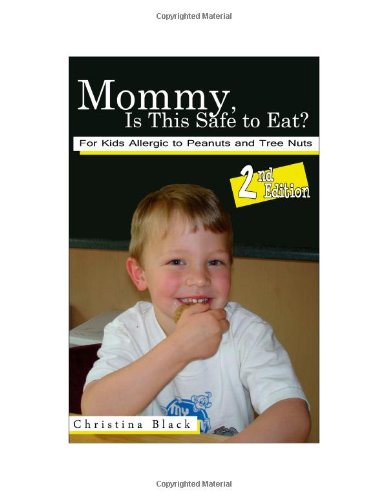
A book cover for Mommy, Is This Safe to Eat? For Kids Allergic to Peanuts and Tree Nuts, 2nd Edition; Christina Black; Health, Fitness & Dieting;